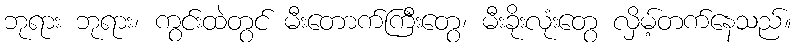
ဘုရား ဘုရား၊ ကွင်းထဲတွင် မီးတောက်ကြီးတွေ၊ မီးခိုးလုံးတွေ လှိမ့်တက်နေသည်။